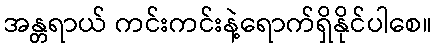
အန္တရာယ် ကင်းကင်းနဲ့ရောက်ရှိနိုင်ပါစေ။